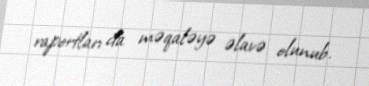
raportları da məqaləyə əlavə olunub.